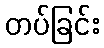
တပ်ခြင်း